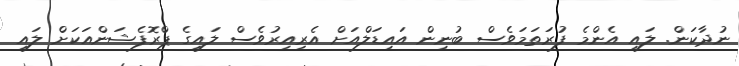
ނުދާކަން. ލައި އެންމެ ފުރަތަމަވެސް ބުނިން އައިޑަލްއަށް އެރިއިރުވެސް ލައިގެ ޕްރޮފެޝަންއަކަށް ލައި